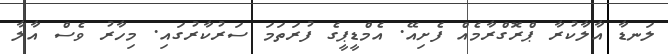
ލަނޑާ އާލާކުރާ ޕްރޮގްރާމެއް ފެށިއޭ. އެމްޑީޕީގެ ފުރަތަމަ ސަރުކާރުގައި. މިހާރު ވެސް އާލާ